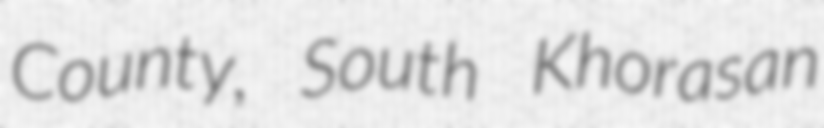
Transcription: County, South Khorasan